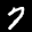
Label: 7